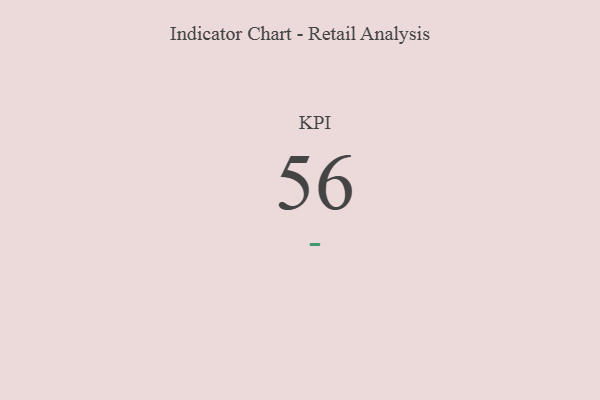
{"axis": {"x": "KPI", "y": "Value"}, "legend": [""], "data": [{"x": "KPI", "y": 56, "type": ""}]}